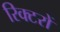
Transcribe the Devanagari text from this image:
रिक्टरों